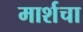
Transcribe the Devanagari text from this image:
मार्शचा